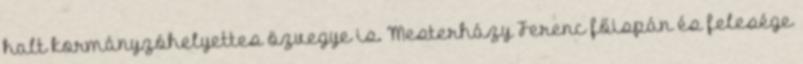
halt kormányzóhelyettes özvegye is. Mesterházy Ferenc főispán és felesége